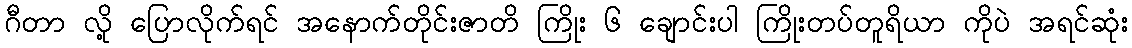
ဂီတာ လို့ ပြောလိုက်ရင် အနောက်တိုင်းဇာတိ ကြိုး ၆ ချောင်းပါ ကြိုးတပ်တူရိယာ ကိုပဲ အရင်ဆုံး